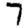
Digit: 7